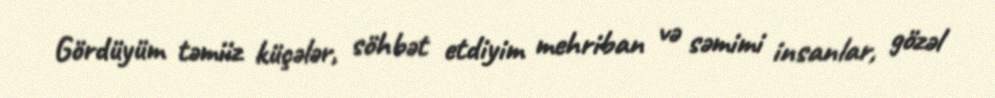
Gördüyüm təmiiz küçələr, söhbət etdiyim mehriban və səmimi insanlar, gözəl